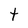
Character: t